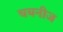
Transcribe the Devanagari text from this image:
चयनीज